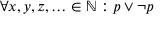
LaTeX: \forall x , y , z , \ldots \in \mathbb { N } : p \vee \neg p